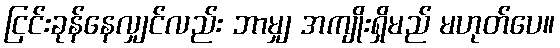
ငြင်းခုန်နေလျှင်လည်း ဘာမျှ အကျိုးရှိမည် မဟုတ်ပေ။